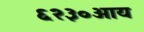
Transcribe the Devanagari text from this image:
६२३०आय